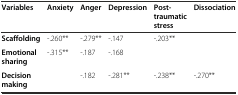
<table><thead><tr><td><b>Variables</b></td><td><b>Anxiety</b></td><td><b>Anger</b></td><td><b>Depression</b></td><td><b>Post-traumatic stress</b></td><td><b>Dissociation</b></td></tr></thead><tbody><tr><td><b>Scaffolding</b></td><td>-.260**</td><td>-.279**</td><td>-.147</td><td>-.203**</td><td></td></tr><tr><td><b>Emotional sharing</b></td><td>-.315**</td><td>-.187</td><td>-.168</td><td></td><td></td></tr><tr><td><b>Decision making</b></td><td></td><td>-.182</td><td>-.281**</td><td>-.238**</td><td>-.270**</td></tr></tbody></table>